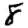
Digit: 8